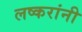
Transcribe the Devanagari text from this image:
लष्करांनी